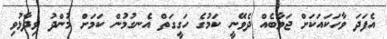
އެފަދަ ވާހަކައަކަށް ޖަވާބެއް ދެވޭނީ ކަމުގެ ހަގީގަތް އެނގުމުން ކަމަށް މުންދު ވިދާޅުވި